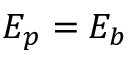
E _ { p } = E _ { b }